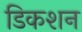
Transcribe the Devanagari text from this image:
डिकशन